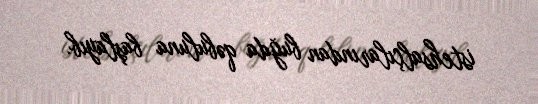
istehsalçılarından buğda qəbuluna başlayıb.